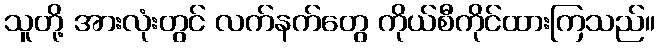
သူတို့ အားလုံးတွင် လက်နက်တွေ ကိုယ်စီကိုင်ထားကြသည်။